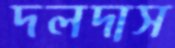
দলদাস